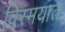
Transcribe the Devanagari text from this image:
विस्मयात